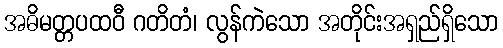
အဓိမတ္တပထဝီ ဂတိတံ၊ လွန်ကဲသော အတိုင်းအရှည်ရှိသော